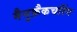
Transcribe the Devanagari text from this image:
मैनुफ़ैकचरिंग